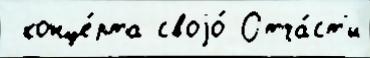
 конце́рта своjо́ Отча́ст'и